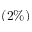
( 2 \% )